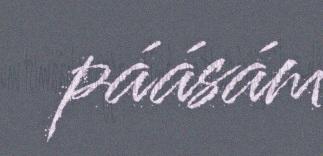
páásám